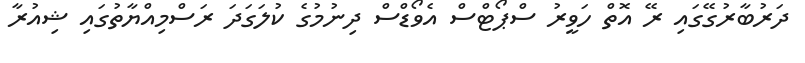
ދަރުބާރުގޭގައި ރޭ އޮތް ހަވީރު ސްޕޯޓްސް އެވޯޑްސް ދިނުމުގެ ކުލަގަދަ ރަސްމިއްޔާތުގައި ޝިއުރާ